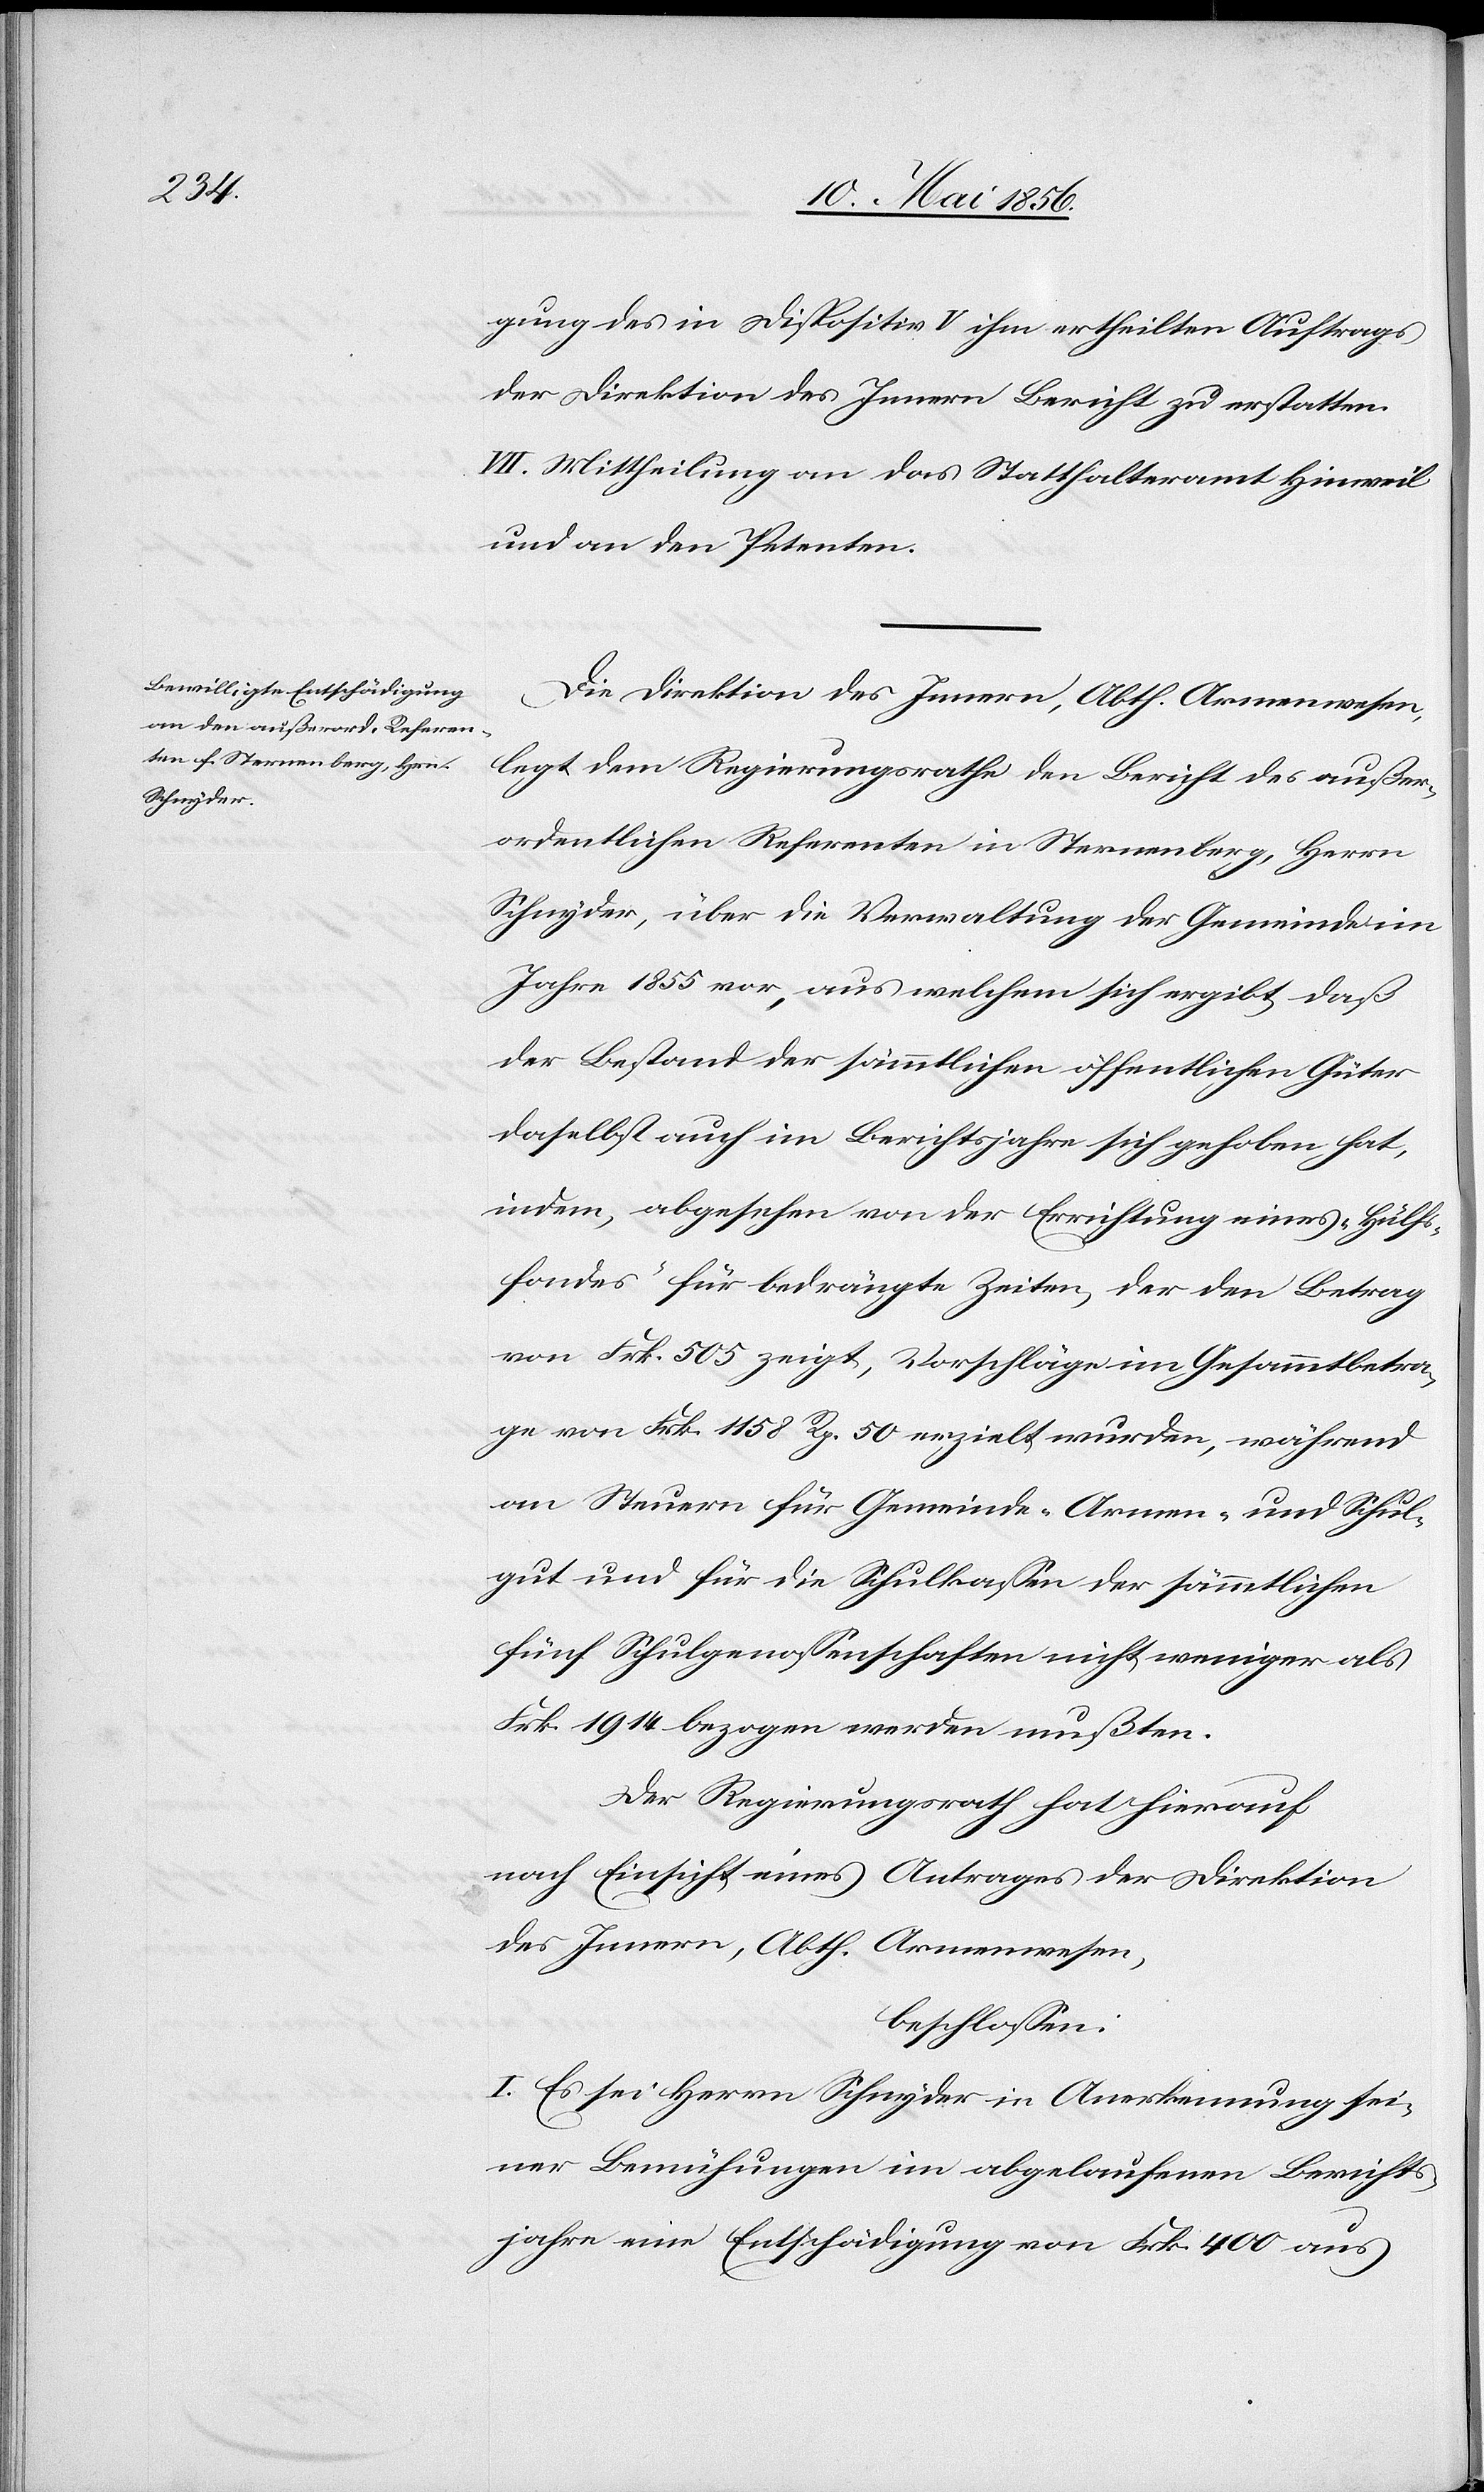
gung des in Dispositiv V ihm ertheilten Auftrags
der Direktion des Innern Bericht zu erstatten.
VII. Mittheilung an das Statthalteramt Hinweil
und an den Petenten.
Die Direktion des Innern, Abth. Armenwesen,
legt dem Regierungsrathe den Bericht des außer¬
ordentlichen Referenten in Sternenberg, Herrn
Schnyder, über die Verwaltung der Gemeinde im
Jahre 1855 vor, aus welchem sich ergibt, daß
der Bestand der sämmtlichen öffentlichen Güter
daselbst auch im Berichtsjahre sich gehoben hat,
indem, abgesehen von der Errichtung eines „Hülfs¬
fondes“ für bedrängte Zeiten, der den Betrag
von Frk. 505 zeigt, Vorschläge im Gesammtbetra¬
ge von Frk. 1158 Rp. 50 erzielt wurden, während
an Steuern für Gemeinde- [,] Armen- und Schul¬
gut und für die Schulkassen der sämmtlichen
fünf Schulgenossenschaften nicht weniger als
Frk. 1914 bezogen werden mußten.
Der Regierungsrath hat hierauf
nach Einsicht eines Antrages der Direktion
des Innern, Abth. Armenwesen,
beschlossen:
I. Es sei Herrn Schnyder in Anerkennung sei¬
ner Bemühungen im abgelaufenen Berichts¬
jahre eine Entschädigung von Frk. 400 aus